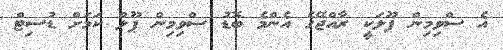
އެ ސްވިމިން ޕޫލަކީ ރާއްޖޭގެ އެންމެ ބޮޑު ސްވިމިން ޕޫލް ކަމަށް ޑުސިޓް